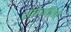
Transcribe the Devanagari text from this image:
गोगँनं